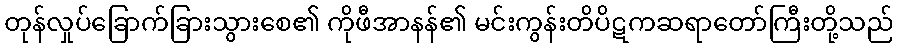
တုန်လှုပ်ခြောက်ခြားသွားစေ၏ ကိုဖီအာနန်၏ မင်းကွန်းတိပိဋကဆရာတော်ကြီးတို့သည်